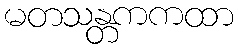
မတသန္တကကထာ